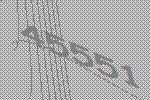
45551